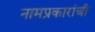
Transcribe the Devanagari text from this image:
नामप्रकारांची